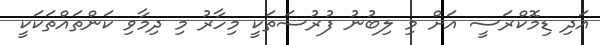
އަދި ޑިމޮކްރަސީ އަށް މި ލިބުނު ފުރުސަތަކީ މިހާރު މި ދިމާވި ކަންތައްތަކަކީ